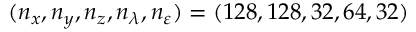
( n _ { x } , n _ { y } , n _ { z } , n _ { \lambda } , n _ { \varepsilon } ) = ( 1 2 8 , 1 2 8 , 3 2 , 6 4 , 3 2 )